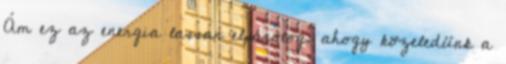
Ám ez az energia lassan elpárolog, ahogy közeledünk a